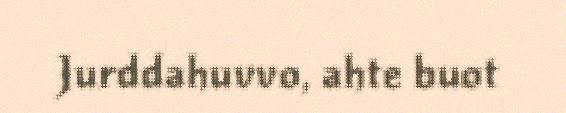
Jurddahuvvo, ahte buot